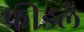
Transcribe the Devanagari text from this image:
फ्रीडले